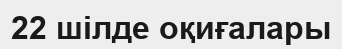
22 шілде оқиғалары